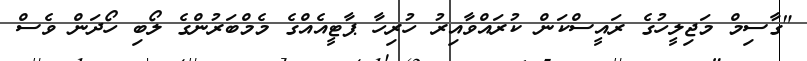
"ގާސިމް މަޖިލީހުގެ ރައީސްކަން ކުރައްވާއިރު ހުރިހާ ޕާޓީއެއްގެ މެމްބަރުންގެ ލޯބި ހޯދަން ވެސް